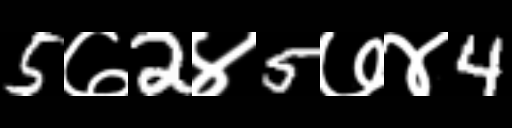
Text: 5७2४5७४4